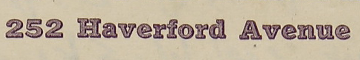
252 Haverford Avenue